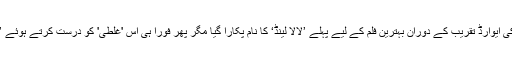
دلچسپ بات یہ ہے کہ گزشتہ سال کی ایوارڈ تقریب کے دوران بہترین فلم کے لیے پہلے ’لالا لینڈ‘ کا نام پکارا گیا مگر پھر فوراً ہی اس 'غلطی' کو درست کرتے ہوئے ’مون لائٹ‘ کے نام کا اعلان کیا گیا۔